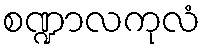
စဏ္ဍာလကုလံ